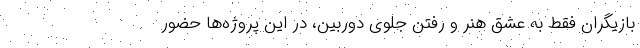
بازیگران فقط به عشق هنر و رفتن جلوی دوربین، در این پروژه‌ها حضور